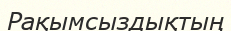
Рақымсыздықтың